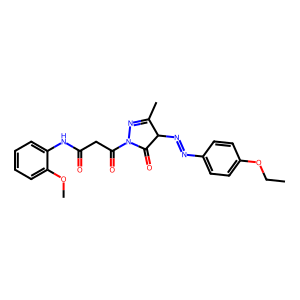
SMILES: CCOc1ccc(N=NC2C(=O)N(C(=O)CC(=O)Nc3ccccc3OC)N=C2C)cc1
Inhibits HIV replication: No